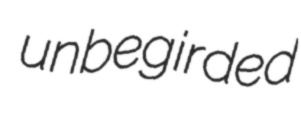
unbegirded